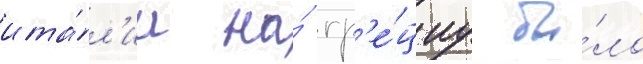
ита́л'ии на́ гр'е́циу бы́ло